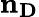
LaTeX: \mathbf{n_{D}}